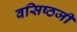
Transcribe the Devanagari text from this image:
वसिष्ठजी